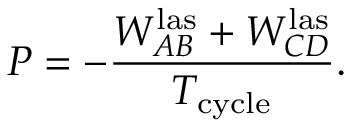
P = - \frac { W _ { A B } ^ { \mathrm { l a s } } + W _ { C D } ^ { \mathrm { l a s } } } { T _ { \mathrm { c y c l e } } } .